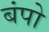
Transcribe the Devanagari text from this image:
बंपो